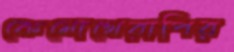
কেমোথেরাপির